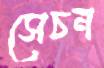
সেচন